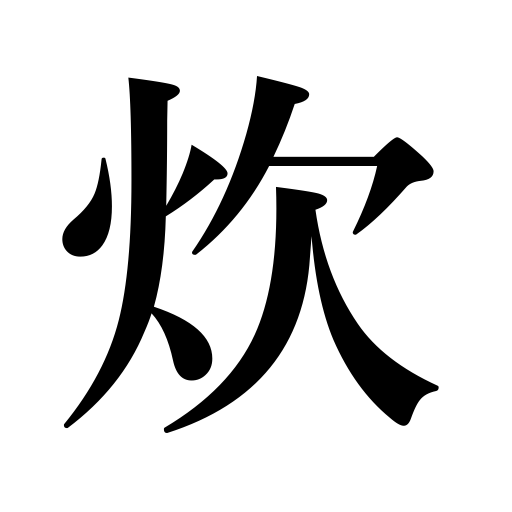
Meanings: cook,boil